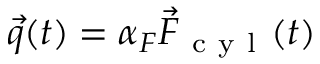
\vec { q } ( t ) = \alpha _ { F } \vec { F } _ { \mathrm { ~ c ~ y ~ l ~ } } ( t )